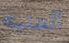
المنبه